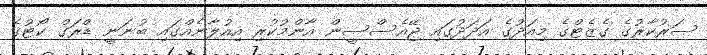
ސަރުކާރުގެ ގެޒެޓްގެ މިއަދުގެ އަދަދުގައި ޖޭއެސްސީން އާންމުކުރި އިއުލާނެއްގައި ބުނަނީ ޑްރަގް ކޯޓުގެ